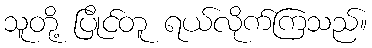
သူတို့ ပြိုင်တူ ရယ်လိုက်ကြသည်။